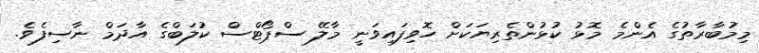
މިމުބާރާތުގެ އެންމެ މޮޅު ކުޅުންތެރިޔަކަށް ހޮވިފައިވަނީ މާލޭ ސްޕޯޓްސް ކުލަބްގެ އާދަމް ނާސިފެވެ.